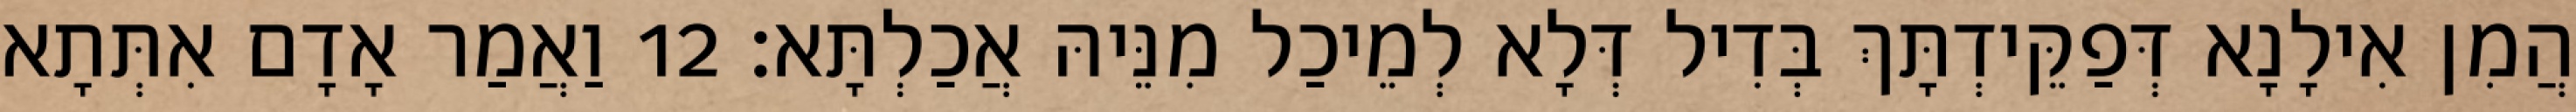
הֲמִן אִילָנָא דְּפַקֵּידְתָּךְ בְּדִיל דְּלָא לְמֵיכַל מִנֵּיהּ אֲכַלְתָּא׃ 12 וַאֲמַר אָדָם אִתְּתָא